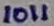
Text: 1011